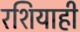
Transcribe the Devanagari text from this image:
रशियाही